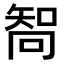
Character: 𠕧